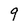
Character: 9